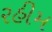
રહીમ